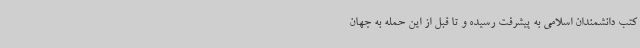
کتب دانشمندان اسلامی به پیشرفت رسیده‌ و تا قبل از این حمله به جهان